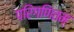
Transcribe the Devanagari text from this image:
परिगणितम्